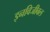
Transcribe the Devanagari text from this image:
इनविजीबल